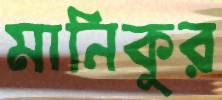
মানিকুর